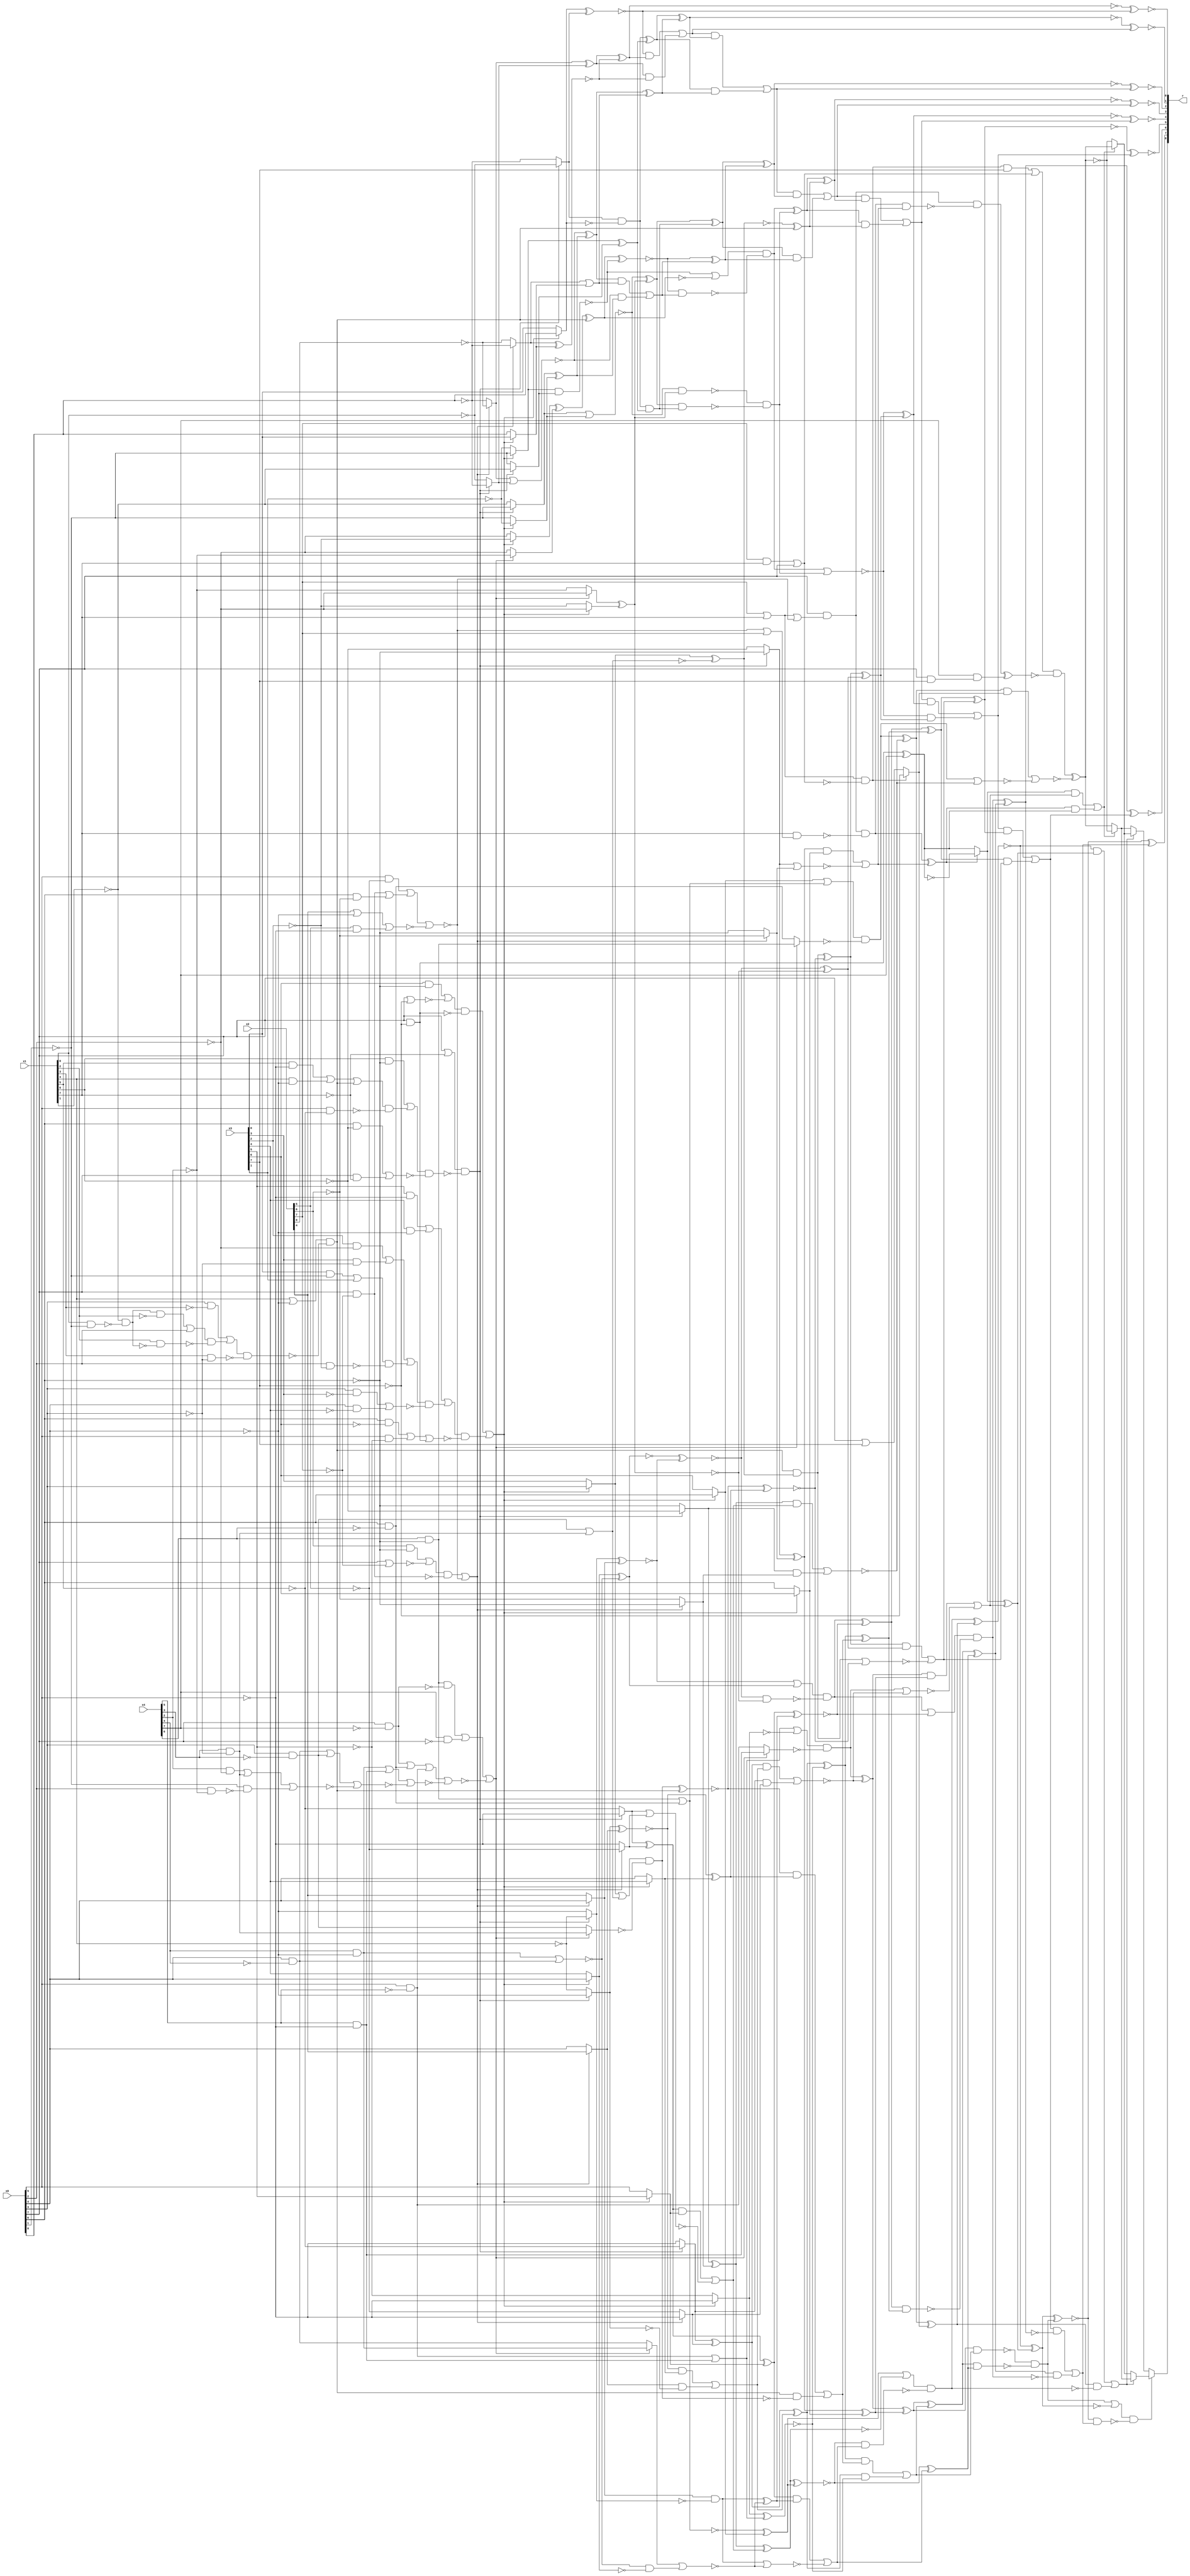
/* Generated by Yosys 0.9+4052 (git sha1 a5adb007, gcc 9.3.0-17ubuntu1~20.04 -fPIC -Os) */

module circ(x0, x1, x2, x3, x4, r);
  wire _000_;
  wire _001_;
  wire _002_;
  wire _003_;
  wire _004_;
  wire _005_;
  wire _006_;
  wire _007_;
  wire _008_;
  wire _009_;
  wire _010_;
  wire _011_;
  wire _012_;
  wire _013_;
  wire _014_;
  wire _015_;
  wire _016_;
  wire _017_;
  wire _018_;
  wire _019_;
  wire _020_;
  wire _021_;
  wire _022_;
  wire _023_;
  wire _024_;
  wire _025_;
  wire _026_;
  wire _027_;
  wire _028_;
  wire _029_;
  wire _030_;
  wire _031_;
  wire _032_;
  wire _033_;
  wire _034_;
  wire _035_;
  wire _036_;
  wire _037_;
  wire _038_;
  wire _039_;
  wire _040_;
  wire _041_;
  wire _042_;
  wire _043_;
  wire _044_;
  wire _045_;
  wire _046_;
  wire _047_;
  wire _048_;
  wire _049_;
  wire _050_;
  wire _051_;
  wire _052_;
  wire _053_;
  wire _054_;
  wire _055_;
  wire _056_;
  wire _057_;
  wire _058_;
  wire _059_;
  wire _060_;
  wire _061_;
  wire _062_;
  wire _063_;
  wire _064_;
  wire _065_;
  wire _066_;
  wire _067_;
  wire _068_;
  wire _069_;
  wire _070_;
  wire _071_;
  wire _072_;
  wire _073_;
  wire _074_;
  wire _075_;
  wire _076_;
  wire _077_;
  wire _078_;
  wire _079_;
  wire _080_;
  wire _081_;
  wire _082_;
  wire _083_;
  wire _084_;
  wire _085_;
  wire _086_;
  wire _087_;
  wire _088_;
  wire _089_;
  wire _090_;
  wire _091_;
  wire _092_;
  wire _093_;
  wire _094_;
  wire _095_;
  wire _096_;
  wire _097_;
  wire _098_;
  wire _099_;
  wire _100_;
  wire _101_;
  wire _102_;
  wire _103_;
  wire _104_;
  wire _105_;
  wire _106_;
  wire _107_;
  wire _108_;
  wire _109_;
  wire _110_;
  wire _111_;
  wire _112_;
  wire _113_;
  wire _114_;
  wire _115_;
  wire _116_;
  wire _117_;
  wire _118_;
  wire _119_;
  wire _120_;
  wire _121_;
  wire _122_;
  wire _123_;
  wire _124_;
  wire _125_;
  wire _126_;
  wire _127_;
  wire _128_;
  wire _129_;
  wire _130_;
  wire _131_;
  wire _132_;
  wire _133_;
  wire _134_;
  wire _135_;
  wire _136_;
  wire _137_;
  wire _138_;
  wire _139_;
  wire _140_;
  wire _141_;
  wire _142_;
  wire _143_;
  wire _144_;
  wire _145_;
  wire _146_;
  wire _147_;
  wire _148_;
  wire _149_;
  wire _150_;
  wire _151_;
  wire _152_;
  wire _153_;
  wire _154_;
  wire _155_;
  wire _156_;
  wire _157_;
  wire _158_;
  wire _159_;
  wire _160_;
  wire _161_;
  wire _162_;
  wire _163_;
  wire _164_;
  wire _165_;
  wire _166_;
  wire _167_;
  wire _168_;
  wire _169_;
  wire _170_;
  wire _171_;
  wire _172_;
  wire _173_;
  wire _174_;
  wire _175_;
  wire _176_;
  wire _177_;
  wire _178_;
  wire _179_;
  wire _180_;
  wire _181_;
  wire _182_;
  wire _183_;
  wire _184_;
  wire _185_;
  wire _186_;
  wire _187_;
  wire _188_;
  wire _189_;
  wire _190_;
  wire _191_;
  wire _192_;
  wire _193_;
  wire _194_;
  wire _195_;
  wire _196_;
  wire _197_;
  wire _198_;
  wire _199_;
  wire _200_;
  wire _201_;
  wire _202_;
  wire _203_;
  wire _204_;
  wire _205_;
  wire _206_;
  wire _207_;
  wire _208_;
  wire _209_;
  wire _210_;
  wire _211_;
  wire _212_;
  wire _213_;
  wire _214_;
  wire _215_;
  wire _216_;
  wire _217_;
  wire _218_;
  wire _219_;
  wire _220_;
  wire _221_;
  wire _222_;
  wire _223_;
  wire _224_;
  wire _225_;
  wire _226_;
  wire _227_;
  wire _228_;
  wire _229_;
  wire _230_;
  wire _231_;
  wire _232_;
  wire _233_;
  wire _234_;
  wire _235_;
  wire _236_;
  wire _237_;
  wire _238_;
  wire _239_;
  wire _240_;
  wire _241_;
  wire _242_;
  wire _243_;
  wire _244_;
  wire _245_;
  wire _246_;
  wire _247_;
  wire _248_;
  wire _249_;
  wire _250_;
  wire _251_;
  wire _252_;
  wire _253_;
  wire _254_;
  wire _255_;
  wire _256_;
  wire _257_;
  wire _258_;
  wire _259_;
  wire _260_;
  wire _261_;
  wire _262_;
  wire _263_;
  wire _264_;
  wire _265_;
  wire _266_;
  wire _267_;
  wire _268_;
  wire _269_;
  wire _270_;
  wire _271_;
  wire _272_;
  wire _273_;
  wire _274_;
  wire _275_;
  wire _276_;
  wire _277_;
  wire _278_;
  wire _279_;
  wire _280_;
  wire _281_;
  wire _282_;
  wire _283_;
  wire _284_;
  wire _285_;
  wire _286_;
  wire _287_;
  wire _288_;
  wire _289_;
  wire _290_;
  wire _291_;
  wire _292_;
  wire _293_;
  wire _294_;
  wire _295_;
  wire _296_;
  wire _297_;
  wire _298_;
  wire _299_;
  wire _300_;
  wire _301_;
  wire _302_;
  wire _303_;
  wire _304_;
  wire _305_;
  wire _306_;
  wire _307_;
  wire _308_;
  wire _309_;
  wire _310_;
  wire _311_;
  wire _312_;
  wire _313_;
  wire _314_;
  wire _315_;
  wire _316_;
  wire _317_;
  wire _318_;
  wire _319_;
  wire _320_;
  wire _321_;
  wire _322_;
  wire _323_;
  wire _324_;
  wire _325_;
  wire _326_;
  wire _327_;
  wire _328_;
  wire _329_;
  wire _330_;
  wire _331_;
  wire _332_;
  wire _333_;
  wire _334_;
  wire _335_;
  wire _336_;
  wire _337_;
  wire _338_;
  wire _339_;
  wire _340_;
  wire _341_;
  wire _342_;
  wire _343_;
  wire _344_;
  wire _345_;
  wire \U0.U13.new_n36 ;
  wire \U0.U13.new_n52 ;
  wire \U0.U13.new_n60 ;
  wire \U0.U14.new_n9 ;
  wire \U0.U15.new_n29 ;
  wire \U0.U3.new_n35 ;
  wire \U0.U3.new_n44 ;
  wire \U0.U4.new_n42 ;
  wire \U0.po8 ;
  output [8:0] r;
  input [7:0] x0;
  input [7:0] x1;
  input [7:0] x2;
  input [7:0] x3;
  input [7:0] x4;
  assign _291_ = x4[5] & ~(x0[5]);
  assign _292_ = x0[5] & ~(x4[5]);
  assign _293_ = _292_ | _291_;
  assign _294_ = ~x3[5];
  assign _295_ = ~x0[5];
  assign _296_ = x3[0] & ~(x0[1]);
  assign _297_ = _296_ | x3[1];
  assign _298_ = x0[2] & ~(x3[2]);
  assign _299_ = _297_ & ~(_298_);
  assign _300_ = x3[3] & ~(x0[3]);
  assign _301_ = x3[2] & ~(x0[2]);
  assign _302_ = _301_ | _300_;
  assign _303_ = _302_ | _299_;
  assign _304_ = x0[4] & ~(x3[4]);
  assign _305_ = x0[3] & ~(x3[3]);
  assign _306_ = _305_ | _304_;
  assign _307_ = _303_ & ~(_306_);
  assign _308_ = x3[4] & ~(x0[4]);
  assign _309_ = x3[5] & ~(x0[5]);
  assign _310_ = _309_ | _308_;
  assign _311_ = _310_ | _307_;
  assign _312_ = x0[7] & ~(x3[7]);
  assign _313_ = x0[5] & ~(x3[5]);
  assign _314_ = x0[6] & ~(x3[6]);
  assign _315_ = _314_ | _313_;
  assign _316_ = _315_ | _312_;
  assign _317_ = _311_ & ~(_316_);
  assign _318_ = x0[7] | ~(x3[7]);
  assign _319_ = x3[6] & ~(x0[6]);
  assign _320_ = _319_ | ~(_318_);
  assign _321_ = _320_ & ~(_312_);
  assign _322_ = _321_ | _317_;
  assign _323_ = _322_ ? _295_ : _294_;
  assign _324_ = ~(_323_ ^ _293_);
  assign _325_ = x2[5] & ~(x0[5]);
  assign _326_ = x2[4] | ~(x0[4]);
  assign _327_ = ~(_326_ | _325_);
  assign _328_ = x0[6] & ~(x2[6]);
  assign _329_ = x0[7] & ~(x2[7]);
  assign _330_ = _329_ | _328_;
  assign _331_ = x0[5] & ~(x2[5]);
  assign _332_ = _331_ | _330_;
  assign _333_ = ~(_332_ | _327_);
  assign _334_ = x0[7] | ~(x2[7]);
  assign _335_ = x2[6] & ~(x0[6]);
  assign _336_ = _335_ | ~(_334_);
  assign _337_ = _336_ & ~(_329_);
  assign _338_ = ~(_337_ | _333_);
  assign _339_ = _338_ ? x0[4] : x2[4];
  assign _340_ = ~x0[4];
  assign _341_ = ~x1[4];
  assign _342_ = x0[7] | ~(x1[7]);
  assign _343_ = x1[4] | ~(x0[4]);
  assign _344_ = ~x1[1];
  assign _345_ = x1[0] & ~(x0[1]);
  assign _000_ = _344_ & ~(_345_);
  assign _001_ = _000_ & ~(x1[2]);
  assign _002_ = _001_ | x0[2];
  assign _003_ = x1[2] & ~(_000_);
  assign _004_ = _002_ & ~(_003_);
  assign _005_ = x0[3] & ~(x1[3]);
  assign _006_ = _005_ | _004_;
  assign _007_ = x1[3] & ~(x0[3]);
  assign _008_ = _006_ & ~(_007_);
  assign _009_ = _343_ & ~(_008_);
  assign _010_ = x1[4] & ~(x0[4]);
  assign _011_ = x1[5] & ~(x0[5]);
  assign _012_ = _011_ | _010_;
  assign _013_ = _012_ | _009_;
  assign _014_ = x0[5] & ~(x1[5]);
  assign _015_ = _013_ & ~(_014_);
  assign _016_ = x1[6] & ~(x0[6]);
  assign _017_ = _016_ | _015_;
  assign _018_ = x0[7] & ~(x1[7]);
  assign _019_ = x0[6] & ~(x1[6]);
  assign _020_ = _019_ | _018_;
  assign _021_ = _017_ & ~(_020_);
  assign _022_ = _342_ & ~(_021_);
  assign _023_ = _022_ ? _340_ : _341_;
  assign _024_ = _339_ & ~(_023_);
  assign _025_ = _322_ ? x3[4] : x0[4];
  assign _026_ = ~(_023_ ^ _339_);
  assign _027_ = _026_ & _025_;
  assign _028_ = _027_ | _024_;
  assign _029_ = ~x2[5];
  assign _030_ = _338_ ? _029_ : _295_;
  assign _031_ = ~x1[5];
  assign _032_ = _022_ ? _031_ : _295_;
  assign _033_ = _032_ ^ _030_;
  assign _034_ = _033_ ^ _028_;
  assign _035_ = _034_ & _324_;
  assign _036_ = x4[3] & ~(x0[3]);
  assign _037_ = x0[3] & ~(x4[3]);
  assign _038_ = ~(_037_ | _036_);
  assign _039_ = _322_ ? x0[3] : x3[3];
  assign _040_ = _039_ | ~(_038_);
  assign _041_ = ~x0[1];
  assign _042_ = x0[2] & ~(x4[2]);
  assign _043_ = _041_ & ~(_042_);
  assign _044_ = x4[2] & ~(x0[2]);
  assign _045_ = _044_ | _036_;
  assign _046_ = ~(_045_ | _043_);
  assign _047_ = x0[4] & ~(x4[4]);
  assign _048_ = _047_ | _037_;
  assign _049_ = ~(_048_ | _046_);
  assign _050_ = x4[4] & ~(x0[4]);
  assign _051_ = _050_ | _291_;
  assign _052_ = ~(_051_ | _049_);
  assign _053_ = x0[6] & ~(x4[6]);
  assign _054_ = x0[7] & ~(x4[7]);
  assign _055_ = _054_ | _053_;
  assign _056_ = _055_ | _292_;
  assign _057_ = ~(_056_ | _052_);
  assign _058_ = x4[7] & ~(x0[7]);
  assign _059_ = x4[6] & ~(x0[6]);
  assign _060_ = _059_ & ~(_054_);
  assign _061_ = _060_ | _058_;
  assign _062_ = ~(_061_ | _057_);
  assign _063_ = _062_ ? _037_ : _036_;
  assign _064_ = _040_ & ~(_063_);
  assign _065_ = _009_ & ~(_064_);
  assign _066_ = _026_ ^ _025_;
  assign _067_ = ~(_064_ ^ _009_);
  assign _068_ = _067_ & _066_;
  assign _069_ = _068_ | _065_;
  assign _070_ = _034_ ^ _324_;
  assign _071_ = _070_ & _069_;
  assign _072_ = _071_ | _035_;
  assign _073_ = _322_ ? x3[6] : x0[6];
  assign _074_ = ~x2[6];
  assign _075_ = ~x0[6];
  assign _076_ = _338_ ? _075_ : _074_;
  assign _077_ = ~x1[6];
  assign _078_ = _022_ ? _075_ : _077_;
  assign _079_ = _078_ ^ _076_;
  assign _080_ = _079_ ^ _073_;
  assign _081_ = _032_ & _030_;
  assign _082_ = _033_ & _028_;
  assign _083_ = ~(_082_ | _081_);
  assign _084_ = _293_ | ~(_323_);
  assign _085_ = _062_ ? _292_ : _291_;
  assign _086_ = _084_ & ~(_085_);
  assign _087_ = _086_ ^ _083_;
  assign _088_ = _087_ ^ _080_;
  assign _089_ = ~(_088_ & _072_);
  assign _090_ = ~(_050_ | _047_);
  assign _091_ = _322_ ? x0[4] : x3[4];
  assign _092_ = _090_ & ~(_091_);
  assign _093_ = _062_ ? _047_ : _050_;
  assign _094_ = ~(_093_ | _092_);
  assign _095_ = _338_ ? x2[4] : x0[4];
  assign _096_ = _022_ ? _341_ : _340_;
  assign _097_ = _095_ & ~(_096_);
  assign _098_ = ~(_097_ | _094_);
  assign _099_ = _097_ ^ _094_;
  assign _100_ = _322_ ? x3[5] : x0[5];
  assign _101_ = _338_ ? _295_ : _029_;
  assign _102_ = _022_ ? _295_ : _031_;
  assign _103_ = _102_ ^ _101_;
  assign _104_ = _103_ ^ _100_;
  assign _105_ = _104_ & _099_;
  assign _106_ = _105_ | _098_;
  assign _107_ = _322_ ? x0[6] : x3[6];
  assign _108_ = ~(_059_ | _053_);
  assign _109_ = _108_ ^ _107_;
  assign _110_ = ~(_102_ | _101_);
  assign _111_ = _103_ & _100_;
  assign _112_ = _111_ | _110_;
  assign _113_ = _338_ ? _074_ : _075_;
  assign _114_ = _022_ ? _077_ : _075_;
  assign _115_ = _114_ ^ _113_;
  assign _116_ = _115_ ^ _112_;
  assign _117_ = ~(_116_ ^ _109_);
  assign _118_ = _117_ ^ _106_;
  assign _119_ = _088_ ^ _072_;
  assign _120_ = _119_ & _118_;
  assign _121_ = _089_ & ~(_120_);
  assign _122_ = ~(_086_ | _083_);
  assign _123_ = _087_ & _080_;
  assign _124_ = _123_ | _122_;
  assign _125_ = ~(_078_ | _076_);
  assign _126_ = _079_ & _073_;
  assign _127_ = _126_ | _125_;
  assign _128_ = x2[7] | x1[7];
  assign _129_ = ~(_128_ | _333_);
  assign _130_ = x0[7] & ~(_129_);
  assign _131_ = ~(_333_ | x2[7]);
  assign _132_ = x1[7] & ~(_131_);
  assign _133_ = _130_ & ~(_132_);
  assign _134_ = _133_ ^ _127_;
  assign _135_ = ~(_312_ ^ x4[7]);
  assign _136_ = _312_ ^ x4[7];
  assign _137_ = _134_ ? _135_ : _136_;
  assign _138_ = _137_ ^ _124_;
  assign _139_ = ~x3[7];
  assign _140_ = x2[7] & x1[7];
  assign _141_ = _140_ | x0[7];
  assign _142_ = _128_ & ~(_141_);
  assign _143_ = x0[7] | x3[7];
  assign _144_ = _142_ ? _139_ : _143_;
  assign _145_ = _114_ & _113_;
  assign _146_ = _115_ & _112_;
  assign _147_ = ~(_146_ | _145_);
  assign _148_ = _107_ | ~(_108_);
  assign _149_ = _062_ ? _053_ : _059_;
  assign _150_ = _148_ & ~(_149_);
  assign _151_ = _150_ ^ _147_;
  assign _152_ = _151_ ^ _144_;
  assign _153_ = _109_ | ~(_116_);
  assign _154_ = _117_ & _106_;
  assign _155_ = _153_ & ~(_154_);
  assign _156_ = ~(_155_ ^ _152_);
  assign _157_ = _156_ ^ _138_;
  assign _158_ = _121_ | ~(_157_);
  assign _159_ = _119_ ^ _118_;
  assign _160_ = ~(_104_ ^ _099_);
  assign _161_ = ~(_096_ ^ _095_);
  assign _162_ = ~(_091_ ^ _090_);
  assign _163_ = _161_ | ~(_162_);
  assign _164_ = ~x0[2];
  assign _165_ = ~x3[2];
  assign _166_ = _322_ ? _164_ : _165_;
  assign _167_ = ~x4[2];
  assign _168_ = _062_ ? _167_ : _164_;
  assign _169_ = ~(_168_ ^ _166_);
  assign _170_ = ~_169_;
  assign _171_ = ~(_162_ ^ _161_);
  assign _172_ = _171_ & ~(_170_);
  assign _173_ = _163_ & ~(_172_);
  assign _174_ = _173_ | _160_;
  assign _175_ = _070_ ^ _069_;
  assign _176_ = _173_ ^ _160_;
  assign _177_ = _176_ & _175_;
  assign _178_ = _174_ & ~(_177_);
  assign _179_ = _159_ & ~(_178_);
  assign _180_ = ~(_067_ ^ _066_);
  assign _181_ = ~(_039_ ^ _038_);
  assign _182_ = _009_ & ~(_181_);
  assign _183_ = ~(_182_ | _180_);
  assign _184_ = _171_ ^ _169_;
  assign _185_ = _182_ ^ _180_;
  assign _186_ = _185_ & _184_;
  assign _187_ = _186_ | _183_;
  assign _188_ = _176_ ^ _175_;
  assign _189_ = _188_ & _187_;
  assign _190_ = _185_ ^ _184_;
  assign _191_ = ~x3[1];
  assign _192_ = _322_ ? _191_ : _041_;
  assign _193_ = _022_ ? _041_ : _344_;
  assign _194_ = ~(_193_ | _192_);
  assign _195_ = ~(_194_ & _170_);
  assign _196_ = _022_ ? _344_ : _041_;
  assign _197_ = _322_ ? _041_ : _191_;
  assign _198_ = _197_ ^ _196_;
  assign _199_ = ~x1[0];
  assign _200_ = ~x0[0];
  assign _201_ = _022_ ? _199_ : _200_;
  assign _202_ = _322_ ? x0[0] : x3[0];
  assign _203_ = _201_ & ~(_202_);
  assign _204_ = _203_ & _198_;
  assign _205_ = _194_ ^ _170_;
  assign _206_ = _205_ & _204_;
  assign _207_ = _195_ & ~(_206_);
  assign _208_ = ~(_197_ & _196_);
  assign _209_ = _062_ ? _164_ : _167_;
  assign _210_ = _322_ ? _165_ : _164_;
  assign _211_ = _210_ ^ _209_;
  assign _212_ = _211_ ^ _009_;
  assign _213_ = _208_ | ~(_212_);
  assign _214_ = _193_ ^ _192_;
  assign _215_ = _022_ ? _200_ : _199_;
  assign _216_ = ~x2[0];
  assign _217_ = _338_ ? _200_ : _216_;
  assign _218_ = ~(_217_ | _215_);
  assign _219_ = _218_ & _214_;
  assign _220_ = _322_ ? x3[0] : x0[0];
  assign _221_ = _338_ ? _216_ : _200_;
  assign _222_ = _221_ | _220_;
  assign _223_ = _218_ ^ _214_;
  assign _224_ = _223_ & _222_;
  assign _225_ = _224_ | _219_;
  assign _226_ = ~(_212_ ^ _208_);
  assign _227_ = _226_ & _225_;
  assign _228_ = _213_ & ~(_227_);
  assign _229_ = ~(_228_ | _207_);
  assign _230_ = _229_ & _190_;
  assign _231_ = _181_ ^ _009_;
  assign _232_ = _228_ ^ _207_;
  assign _233_ = _232_ & _231_;
  assign _234_ = _226_ ^ _225_;
  assign _235_ = _205_ ^ _204_;
  assign _236_ = _235_ & _234_;
  assign _237_ = _223_ ^ _222_;
  assign _238_ = _203_ ^ _198_;
  assign _239_ = _238_ & _237_;
  assign _240_ = ~(_221_ ^ _220_);
  assign _241_ = _217_ ^ _215_;
  assign _242_ = _241_ & _240_;
  assign _243_ = ~(_202_ ^ _201_);
  assign _244_ = ~(_241_ ^ _240_);
  assign _245_ = _243_ & ~(_244_);
  assign _246_ = _245_ | _242_;
  assign _247_ = ~(_238_ ^ _237_);
  assign _248_ = _246_ & ~(_247_);
  assign _249_ = _248_ | _239_;
  assign _250_ = ~(_235_ ^ _234_);
  assign _251_ = _249_ & ~(_250_);
  assign _252_ = _251_ | _236_;
  assign _253_ = ~(_232_ ^ _231_);
  assign _254_ = _252_ & ~(_253_);
  assign _255_ = _254_ | _233_;
  assign _256_ = ~(_229_ ^ _190_);
  assign _257_ = _255_ & ~(_256_);
  assign _258_ = _257_ | _230_;
  assign _259_ = ~(_188_ ^ _187_);
  assign _260_ = _258_ & ~(_259_);
  assign _261_ = _260_ | _189_;
  assign _262_ = _178_ ^ _159_;
  assign _263_ = _261_ & ~(_262_);
  assign _264_ = _263_ | _179_;
  assign _265_ = ~(_157_ ^ _121_);
  assign _266_ = _265_ & _264_;
  assign _267_ = _158_ & ~(_266_);
  assign _268_ = _152_ & ~(_155_);
  assign _269_ = _156_ & _138_;
  assign _270_ = ~(_269_ | _268_);
  assign _271_ = _134_ & ~(_135_);
  assign _272_ = _137_ & _124_;
  assign _273_ = ~(_272_ | _271_);
  assign _274_ = ~(_150_ | _147_);
  assign _275_ = _151_ & _144_;
  assign _276_ = ~(_275_ | _274_);
  assign _277_ = _142_ & ~(_139_);
  assign _278_ = _277_ | _141_;
  assign _279_ = ~(x0[7] & x3[7]);
  assign _280_ = x4[7] & ~(_279_);
  assign _281_ = _133_ & _127_;
  assign _282_ = _130_ & ~(_281_);
  assign _283_ = _282_ ^ _280_;
  assign _284_ = _278_ & ~(_283_);
  assign _285_ = _284_ ^ _276_;
  assign _286_ = ~(_284_ ^ _276_);
  assign _287_ = _273_ ? _285_ : _286_;
  assign _288_ = _273_ ? _286_ : _285_;
  assign _289_ = _270_ ? _288_ : _287_;
  assign _290_ = _270_ ? _287_ : _288_;
  assign \U0.po8  = _267_ ? _289_ : _290_;
  assign \U0.U15.new_n29  = ~(_244_ ^ _243_);
  assign \U0.U14.new_n9  = ~(_247_ ^ _246_);
  assign \U0.U13.new_n36  = ~(_250_ ^ _249_);
  assign \U0.U13.new_n52  = ~(_253_ ^ _252_);
  assign \U0.U13.new_n60  = ~(_256_ ^ _255_);
  assign \U0.U4.new_n42  = _265_ ^ _264_;
  assign \U0.U3.new_n35  = ~(_259_ ^ _258_);
  assign \U0.U3.new_n44  = ~(_262_ ^ _261_);
  assign r = { \U0.po8 , \U0.U4.new_n42 , \U0.U3.new_n44 , \U0.U3.new_n35 , \U0.U13.new_n60 , \U0.U13.new_n52 , \U0.U13.new_n36 , \U0.U14.new_n9 , \U0.U15.new_n29  };
endmodule